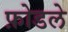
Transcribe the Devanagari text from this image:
फ़ोडले